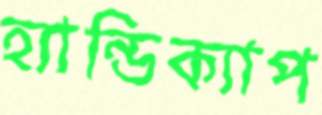
হ্যান্ডিক্যাপ